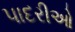
પાદરીઓ